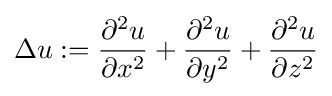
\Delta u:={\frac {\partial ^{2}u}{\partial x^{2}}}+{\frac {\partial ^{2}u}{\partial y^{2}}}+{\frac {\partial ^{2}u}{\partial z^{2}}}